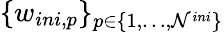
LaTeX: \{ w_{ini,p}\} _{p\in\{ 1,\dots,\mathcal{N}^{ini}\} }